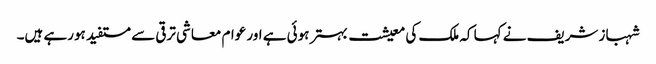
شہباز شریف نے کہا کہ ملک کی معیشت بہتر ہوئی ہے اور عوام معاشی ترقی سے مستفید ہورہے ہیں۔